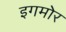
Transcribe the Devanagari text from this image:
इगमोर